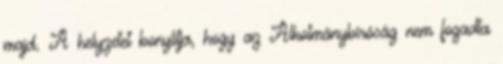
majd. A helyzetet bonylítja, hogy az Alkotmánybíróság nem fogadta